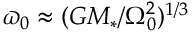
\varpi _ { 0 } \approx ( G { M _ { \ast } } / \Omega _ { 0 } ^ { 2 } ) ^ { 1 / 3 }